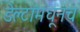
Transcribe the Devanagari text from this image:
डेल्टामधूनच